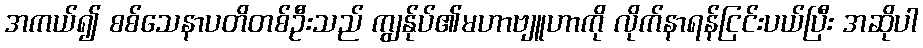
အကယ်၍ စစ်သေနာပတိတစ်ဦးသည် ကျွန်ုပ်၏မဟာဗျူဟာကို လိုက်နာရန်ငြင်းပယ်ပြီး အဆိုပါ